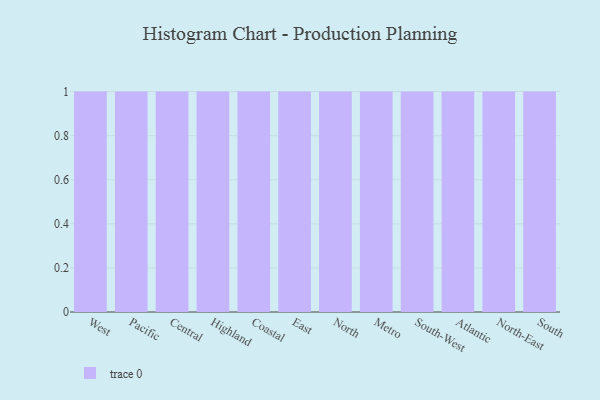
{"axis": {"x": "Region", "y": "Headcount"}, "legend": [""], "data": [{"x": "West", "y": 34, "type": ""}, {"x": "Pacific", "y": 23, "type": ""}, {"x": "Central", "y": 76, "type": ""}, {"x": "Highland", "y": 70, "type": ""}, {"x": "Coastal", "y": 56, "type": ""}, {"x": "East", "y": 97, "type": ""}, {"x": "North", "y": 14, "type": ""}, {"x": "Metro", "y": 45, "type": ""}, {"x": "South-West", "y": 32, "type": ""}, {"x": "Atlantic", "y": 91, "type": ""}, {"x": "North-East", "y": 69, "type": ""}, {"x": "South", "y": 66, "type": ""}]}